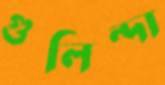
গুলিন্দা